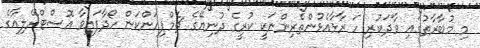
މި މުބާރާތުގައި ވާދަކުރި ހަ ރާޅާއެޅުންތެރިންނަކީ ކުރީގެ ދުނިޔޭގެ ޗެމްޕިއަންކަން ހޯދާފައިވާ އޮސްޓްރޭލިއާގެ